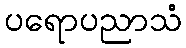
ပရောပညာသံ